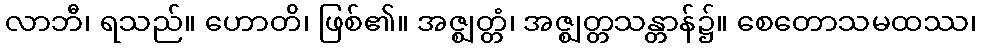
လာဘီ၊ ရသည်။ ဟောတိ၊ ဖြစ်၏။ အဇ္ဈတ္တံ၊ အဇ္ဈတ္တသန္တာန်၌။ စေတောသမထဿ၊